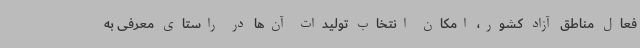
فعال مناطق آزاد کشور، امکان انتخاب تولیدات آن‌ها در راستای معرفی به